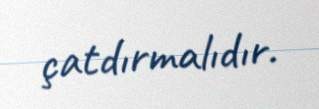
çatdırmalıdır.